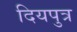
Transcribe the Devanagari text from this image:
दियपुत्र